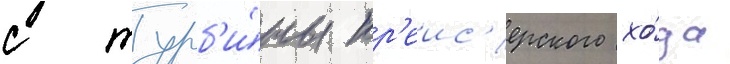
с турб'и́ны кр'еис'ерского хо́да